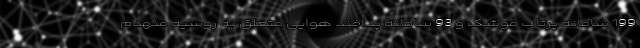
199 سامانه پرتاب موشک و 93 سامانه پدافند هوایی متعلق به روسیه منهدم